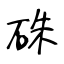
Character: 硃